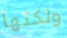
ولكنها